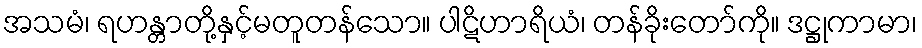
အသမံ၊ ရဟန္တာတို့နှင့်မတူတန်သော။ ပါဋိဟာရိယံ၊ တန်ခိုးတော်ကို။ ဒဋ္ဌုကာမာ၊